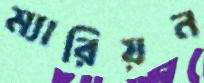
ম্যারিয়ন